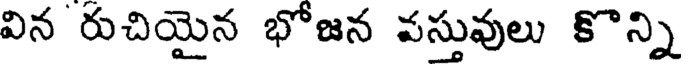
విన రుచియైన భోజన వస్తువులు కొన్ని